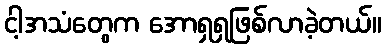
ငါ့အသံတွေက အောရှရှဖြစ်လာခဲ့တယ်။